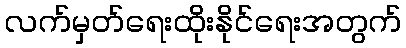
လက်မှတ်ရေးထိုးနိုင်ရေးအတွက်